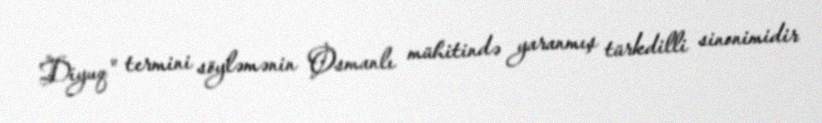
Diyuq" termini söyləmənin Osmanlı mühitində yaranmış türkdilli sinonimidir